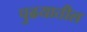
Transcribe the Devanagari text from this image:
पुढयातील